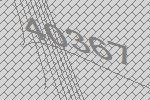
40367